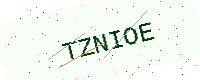
Text: TZNIOE